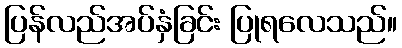
ပြန်လည်အပ်နှံခြင်း ပြုရလေသည်။